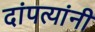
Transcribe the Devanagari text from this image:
दांपत्यांनी